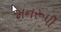
મનરૂપી